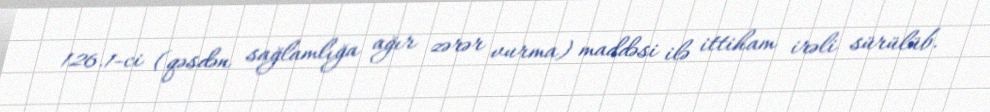
126.1-ci (qəsdən sağlamlığa ağır zərər vurma) maddəsi ilə ittiham irəli sürülüb.